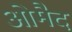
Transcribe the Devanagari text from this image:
ओमैद